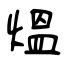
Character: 熅